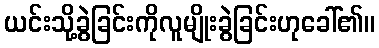
ယင်းသို့ခွဲခြင်းကိုလူမျိုးခွဲခြင်းဟုခေါ်၏။